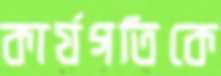
কার্যগতিকে